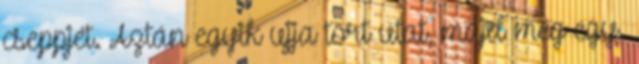
cseppjét. Aztán egyik ujja tört utat, majd még egy.